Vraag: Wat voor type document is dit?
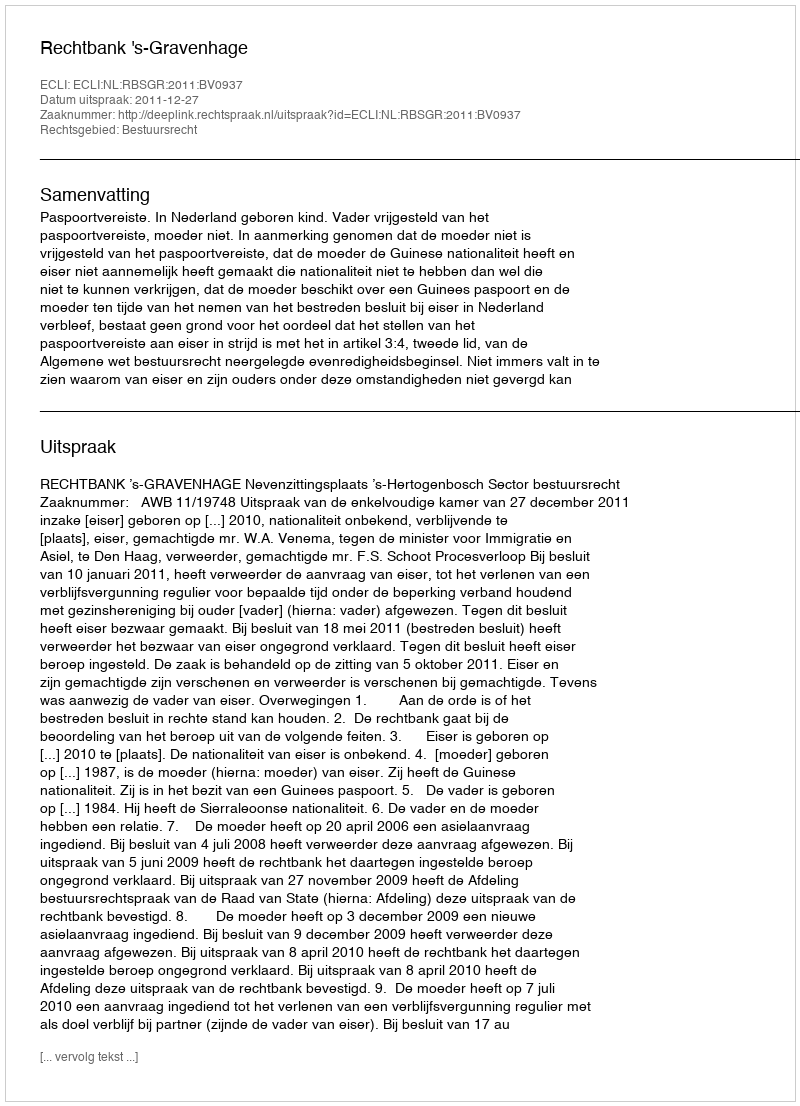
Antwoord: Uitspraak